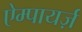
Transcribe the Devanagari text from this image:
ऐम्पायर्ज़